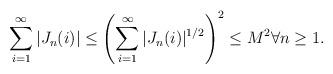
LaTeX: \begin{align*}\sum_{i=1}^{\infty}|J_{n}(i)|\leq \left(\sum_{i=1}^{\infty}|J_{n}(i)|^{1/2}\right)^{2}\leq M^{2}\forall n\geq 1.\end{align*}